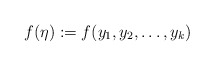
\begin{align*}f(\eta):=f(y_1,y_2,\dots,y_k)\end{align*}